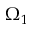
\Omega _ { 1 }